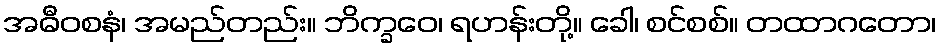
အဓီဝစနံ၊ အမည်တည်း။ ဘိက္ခဝေ၊ ရဟန်းတို့။ ခေါ၊ စင်စစ်။ တထာဂတော၊